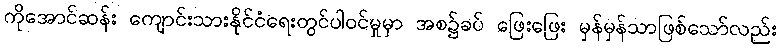
ကိုအောင်ဆန်း ကျောင်းသားနိုင်ငံရေးတွင်ပါဝင်မှုမှာ အစ၌ခပ် ဖြေးဖြေး မှန်မှန်သာဖြစ်သော်လည်း